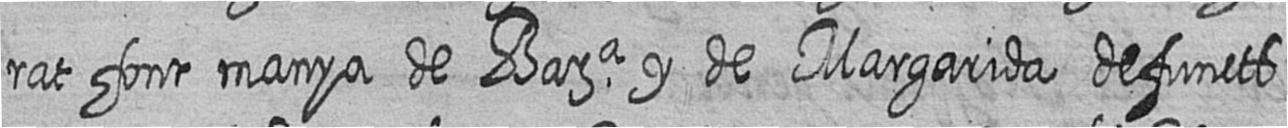
rat font manya de Bara y de Margarida defuncts